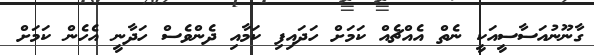
ގާނޫނުއަސާސީއަކީ ނެތް އެއްޗެއް ކަމަށް ހަދައިފި ކަމާއި ދެންވެސް ހަދާނީ އެހެން ކަމަށް